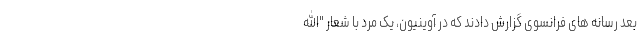
بعد رسانه های فرانسوی گزارش دادند که در آوینیون، یک مرد با شعار "الله